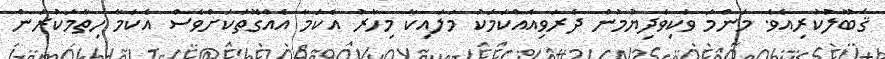
ޤަބޫލުކުރިއެވެ. މަންމަ ވަކިވެދިޔުމުން ދެރަވިއެއްކަމަކު މަލައިކާ މިހާރު އެކަމާ އެއްގޮތަކަަށްވެސް އެކަމާ ހިތާމަކުރަން